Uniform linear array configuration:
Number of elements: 12
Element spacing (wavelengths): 1
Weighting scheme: hann
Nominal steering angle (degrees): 60
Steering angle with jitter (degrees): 61.401
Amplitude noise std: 0.05
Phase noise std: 0.05

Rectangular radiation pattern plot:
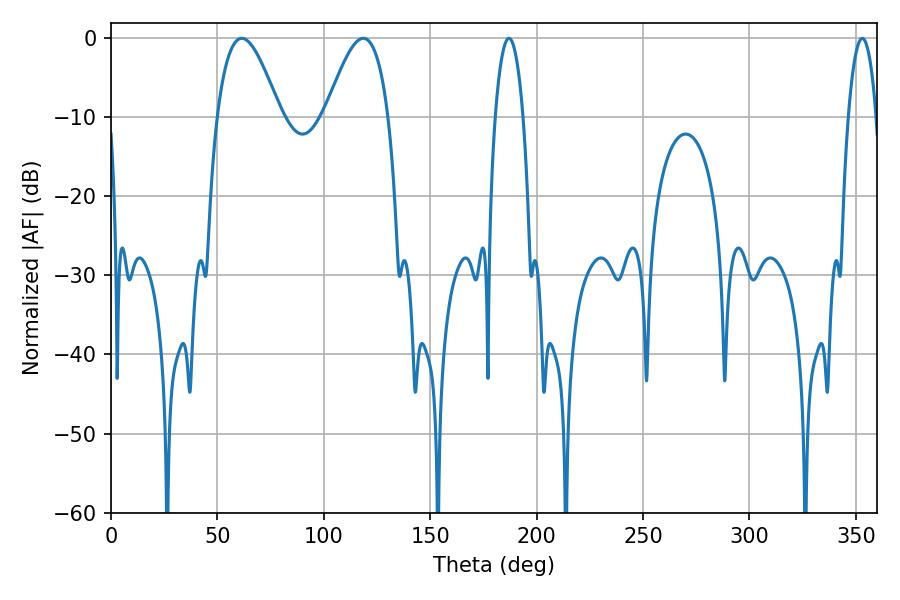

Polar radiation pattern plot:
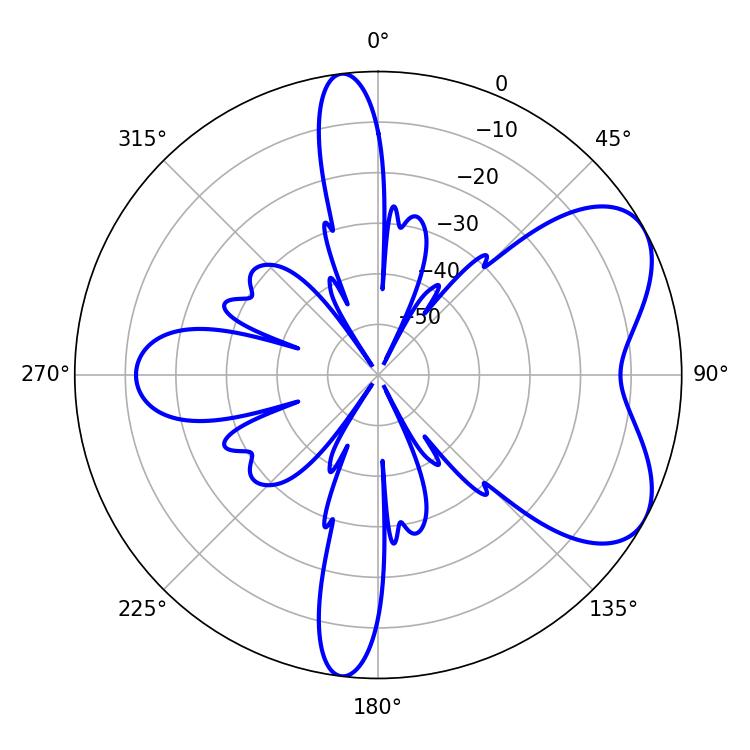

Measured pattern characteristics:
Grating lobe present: TRUE
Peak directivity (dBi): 5.985
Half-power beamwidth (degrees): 16.02
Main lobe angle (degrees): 61.38